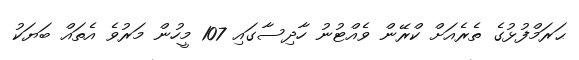
ޙަރަމްފުޅުގެ ތެރެއަށް ކްރޭން ވެއްޓުނު ހާދިސާގައި 107 މީހުން މަރުވެ އެތައް ބަޔަކު